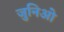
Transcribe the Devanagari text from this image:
जुनिओ